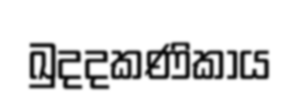
ඛුදදකණිකාය